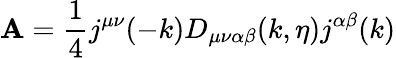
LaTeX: \mathbf{A}=\frac{{1}}{{4}}j^{\mu\nu}(-k)D_{\mu\nu\alpha\beta}(k,\eta)j^{\alpha\beta}(k)